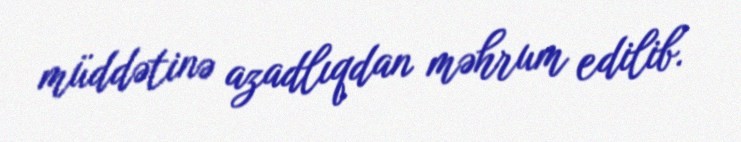
müddətinə azadlıqdan məhrum edilib.